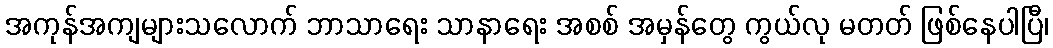
အကုန်အကျများသလောက် ဘာသာရေး သာနာရေး အစစ် အမှန်တွေ ကွယ်လု မတတ် ဖြစ်နေပါပြီ၊